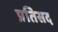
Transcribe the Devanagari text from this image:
प्रतिसद